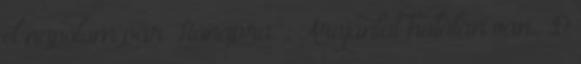
el napolom pár Hónapra. : Árajánlat halálán van. :D